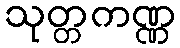
သုတ္တကဏ္ဏ